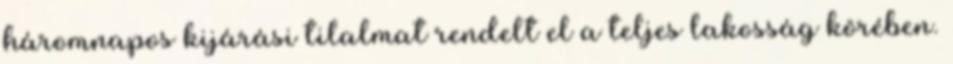
háromnapos kijárási tilalmat rendelt el a teljes lakosság körében.